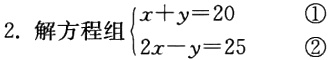
2. 解方程组$\begin{cases}x + y = 20 &\textcircled{1}\\2x - y = 25 &\textcircled{2}\end{cases}$